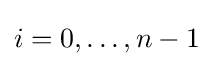
i=0,\ldots ,n-1